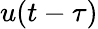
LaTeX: u(t-\tau)